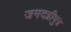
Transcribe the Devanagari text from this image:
जमदग्नीपुत्र